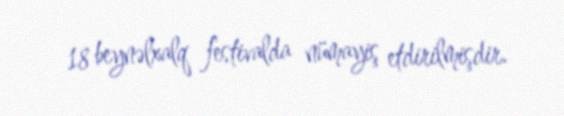
18 beynəlxalq festivalda nümayiş etdirilmişdir.